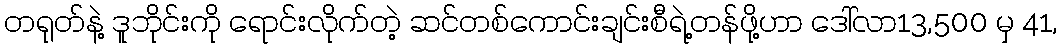
တရုတ်နဲ့ ဒူဘိုင်းကို ရောင်းလိုက်တဲ့ ဆင်တစ်ကောင်းချင်းစီရဲ့တန်ဖို့ဟာ ဒေါ်လာ13,500 မှ 41,